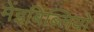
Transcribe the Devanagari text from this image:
मेंइबिब्लियो